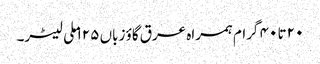
۲۰ تا ۴۰ گرام ہمراہ عرق گاؤ زباں ۱۲۵ ملی لیٹر۔